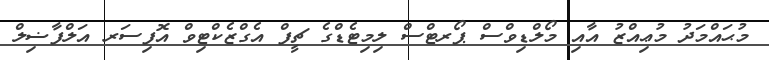
މުޙައްމަދު މުޢިއްޒު އާއި މޯލްޑިވްސް ޕޯރޓްސް ލިމިޓެޑްގެ ޗީފް އެގްޒެކްޓިވް އޮފިސަރ އަލްފާޟިލް